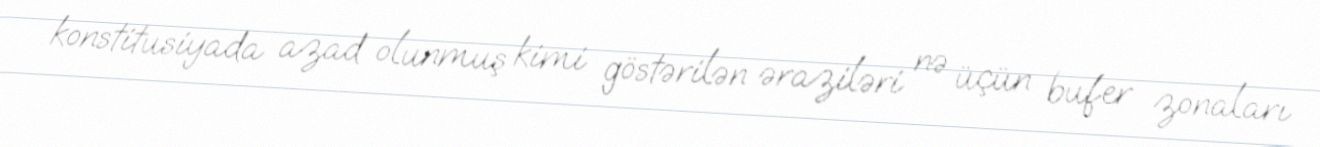
konstitusiyada azad olunmuş kimi göstərilən əraziləri nə üçün bufer zonaları